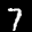
Label: 7